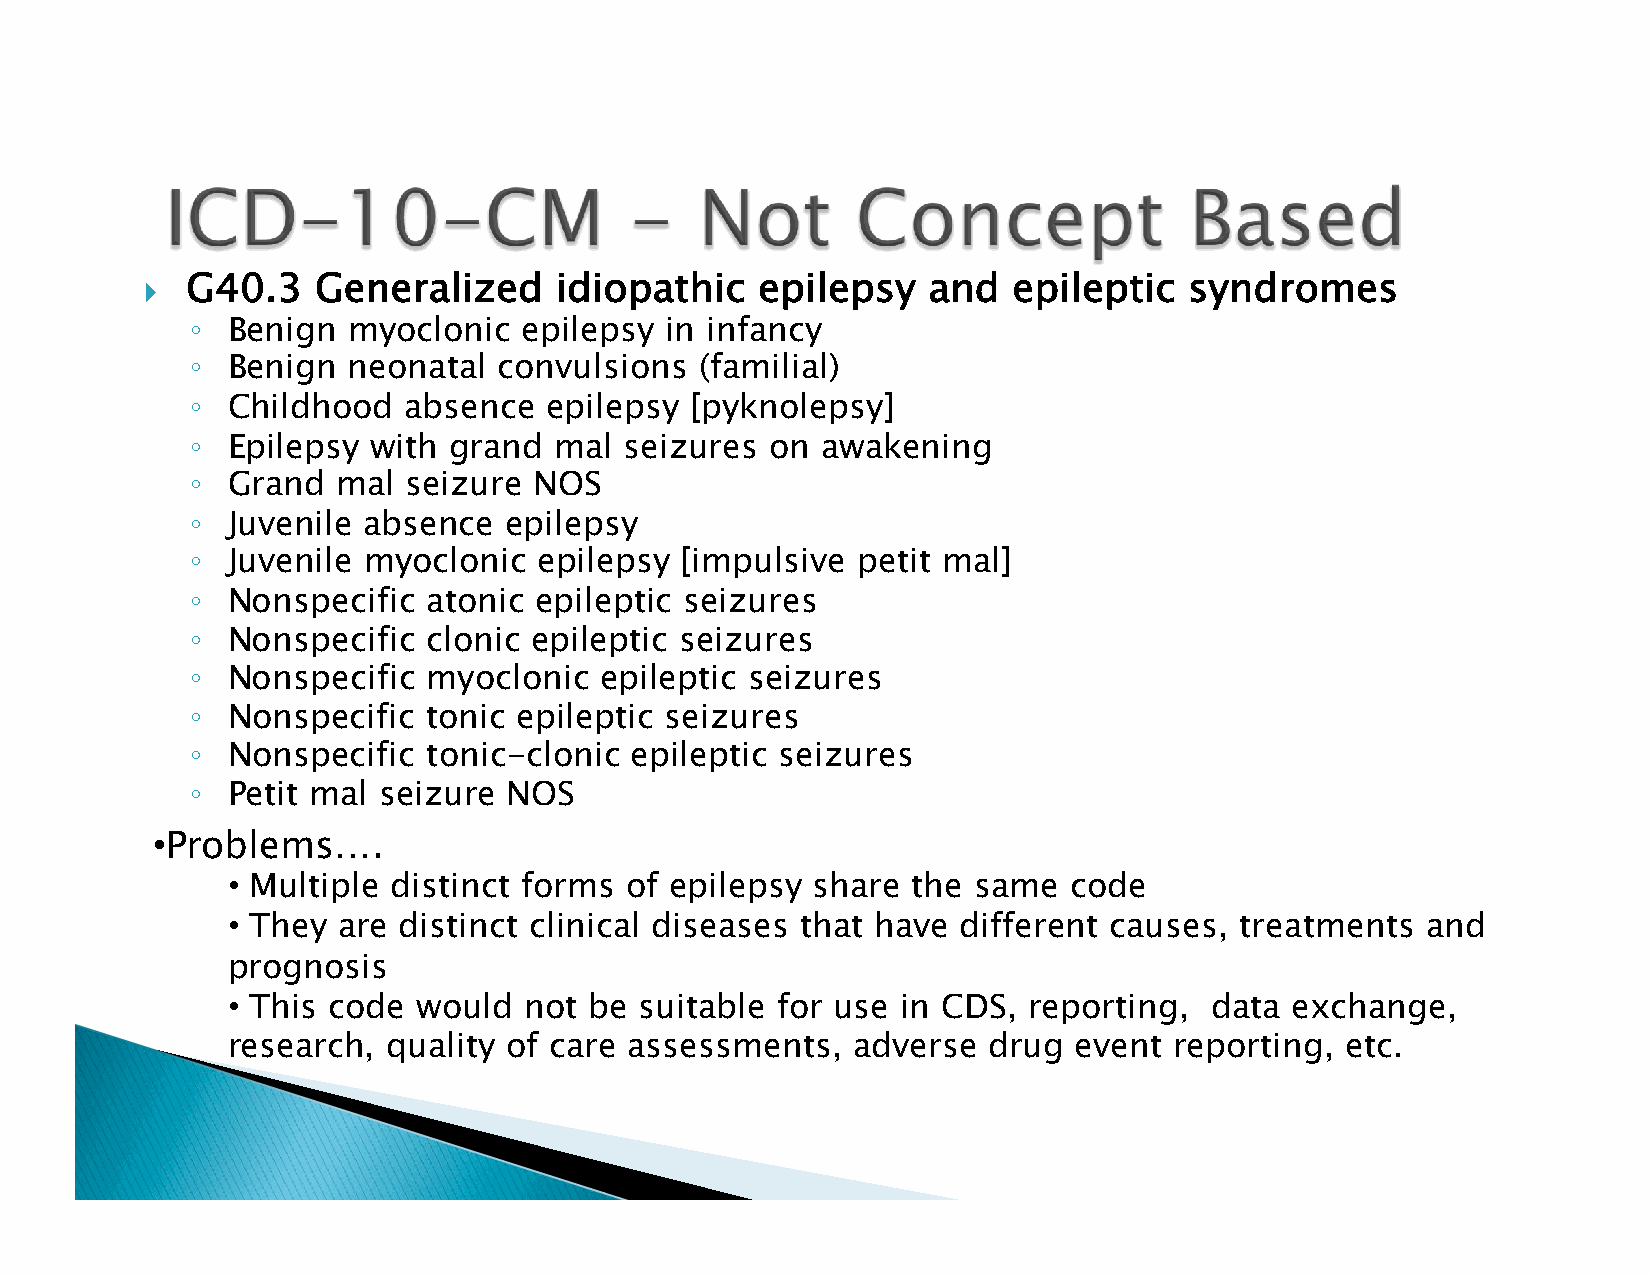
} G40.3   Generalized     idiopathic   epilepsy   and   epileptic   syndromes
 ◦
 Benign  myoclonic   epilepsy in infancy
 ◦
 Benign  neonatal  convulsions  (familial)
 ◦
 Childhood   absence  epilepsy  [pyknolepsy]
 ◦
 Epilepsy  with grand  mal seizures  on awakening
 ◦
 Grand  mal  seizure NOS
 ◦
 Juvenile absence  epilepsy
 ◦
 Juvenile myoclonic   epilepsy [impulsive  petit mal]
 ◦
 Nonspecific  atonic epileptic seizures
 ◦
 Nonspecific  clonic epileptic seizures
 ◦
 Nonspecific  myoclonic   epileptic seizures
 ◦
 Nonspecific  tonic epileptic seizures
 ◦
 Nonspecific  tonic-clonic  epileptic seizures
 ◦
 Petit mal seizure  NOS
 •
 Problems….
 •
 Multiple distinct forms of epilepsy  share the same   code
 •
 They are distinct clinical diseases that have  different causes, treatments  and
 prognosis
 •
 This code  would  not be suitable for use  in CDS, reporting,  data exchange,
 research,  quality of care assessments,  adverse  drug  event  reporting, etc.